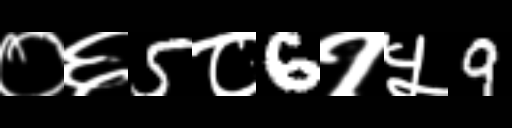
Text: ०६5८6१५9